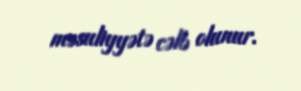
məsuliyyətə cəlb olunur.